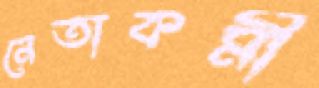
নেতাকর্মী